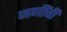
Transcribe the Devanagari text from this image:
जणींची